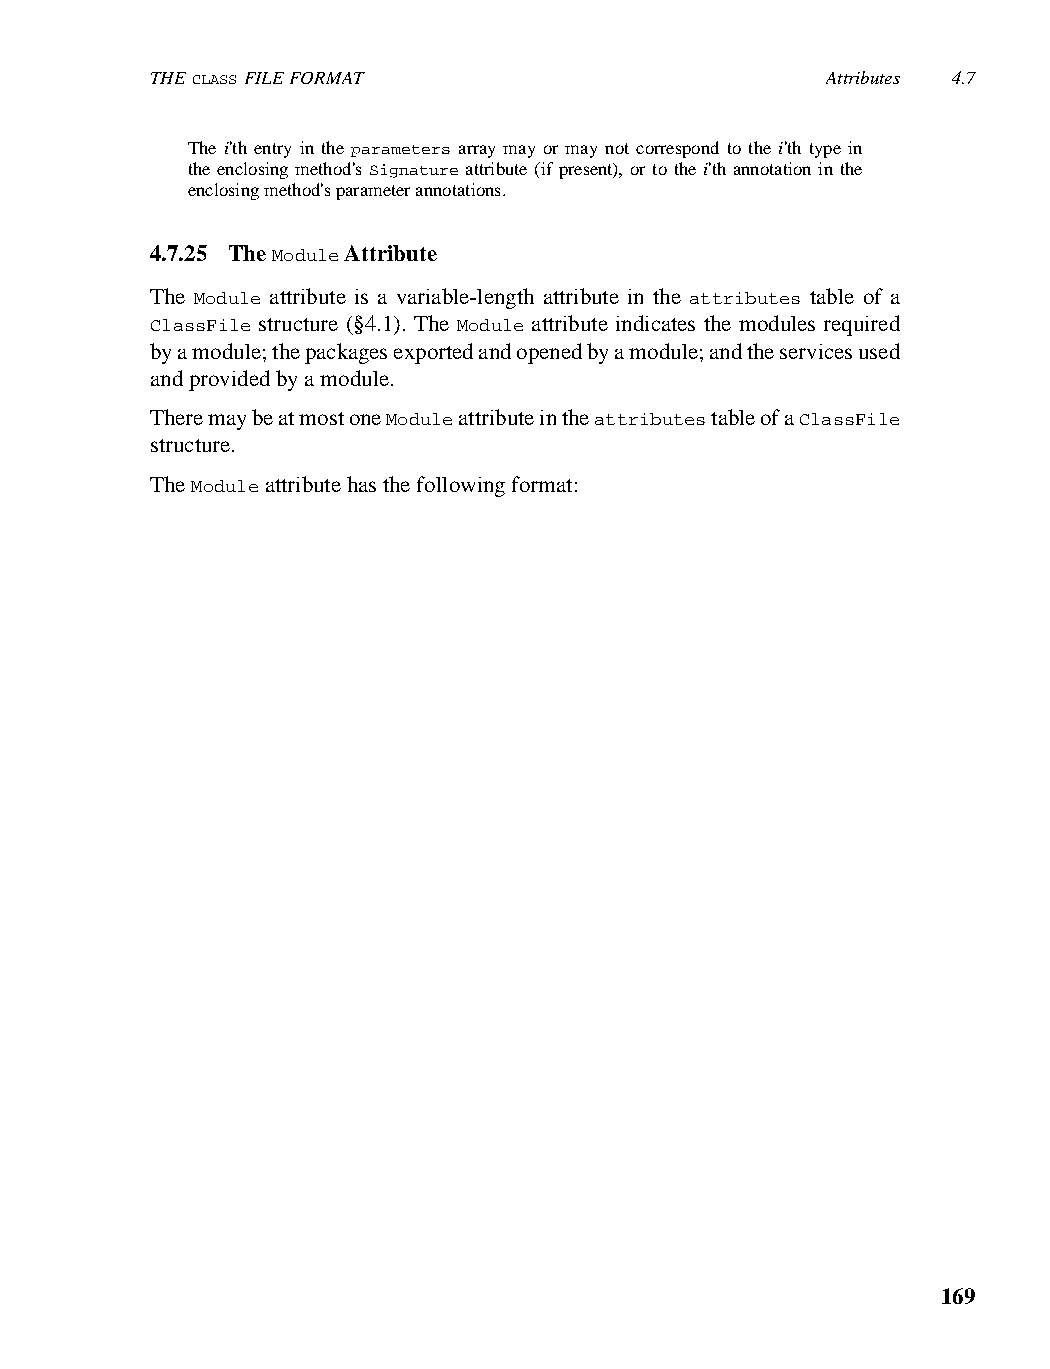
THE CLASS FILE FORMAT                        Attributes 4.7
 The i'th entry in the parameters array may or may not correspond to the i'th type in
 the enclosing method's Signature attribute (if present), or to the i'th annotation in the
 enclosing method's parameter annotations.
 4.7.25 The Module Attribute
 The Module attribute is a variable-length attribute in the attributes table of a
 ClassFile structure (§4.1). The Module attribute indicates the modules required
 by a module; the packages exported and opened by a module; and the services used
 and provided by a module.
 There may be at most one Module attribute in the attributes table of a ClassFile
 structure.
 The Module attribute has the following format:
 169